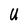
Character: U